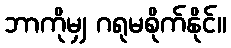
ဘာကိုမျှ ဂရုမစိုက်နိုင်။